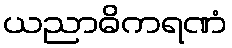
ယညာဓိကရဏံ